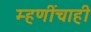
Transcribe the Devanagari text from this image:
म्हणींचाही